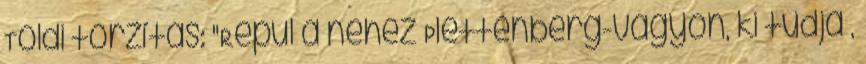
Toldi torzítás: "Repül a nehéz Plettenberg-vagyon, ki tudja ,